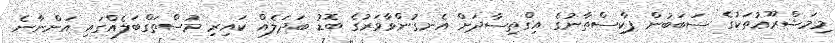
މިމަޝްރޫޢުތަކުގެ ސަބަބުން ޕާކިސްތާނުގެ އިގްތިސާދަށް އެނގުންވާވަރުގެ ބޮޑު ބަދަލެއް ކައިރި މުސްތަގްބަލެއްގައި އަންނާނެ